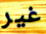
غير